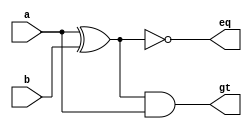
module comp1b(
gt,
eq,
a,
b
);
//inputs
input wire a;
input wire b;
output wire gt;
//outputs
output wire eq;
//intermediates
wire xab;

xor(xab,a,b);
not(eq,xab);
and(gt,xab,a);
endmodule